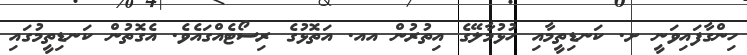
ހިންގާފައިވަނީ ށ. ކަނޑިތީމާއި ހުޅުމާލޭގެ އިތުރުން އއ. އަތޮޅުގެ ރިސޯޓެއްގައެވެ. އެގޮތުން ކަނޑިތީމުގައި